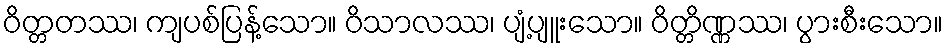
ဝိတ္တတဿ၊ ကျပစ်ပြန့်သော။ ဝိသာလဿ၊ ပျံ့ပျူးသော။ ဝိတ္တိဏ္ဏဿ၊ ပွားစီးသော။